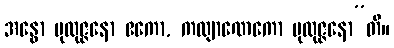
အန္ဓော ပုထုဇ္ဇနော ဧကော, ကလျာဏေကော ပုထုဇ္ဇနော”တိ။